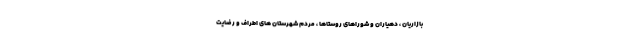
بازاریان ، دهیاران و شوراهای روستاها ، مردم شهرستان های اطراف و رضایت